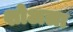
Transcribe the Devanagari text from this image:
शोअला